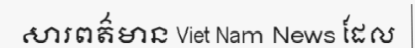
សារពត៌មាន Viet Nam News ដែល